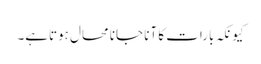
کیونکہ بارات کا آنا جانا محال ہوتاہے۔